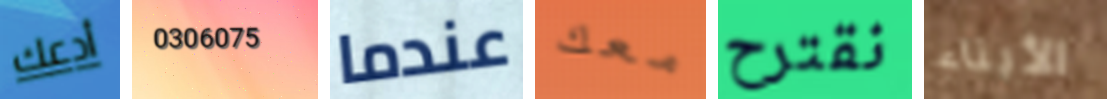
أدعك 0306075 عندما معك نقترح الأبناء